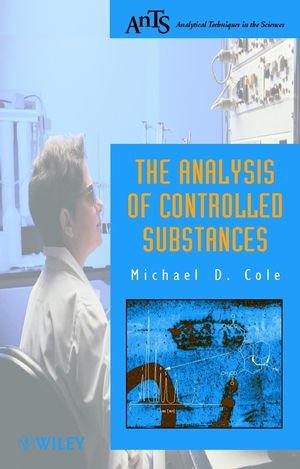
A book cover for The Analysis of Controlled Substances (Analytical Techniques in the Sciences (AnTs) *); Michael D. Cole; Medical Books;